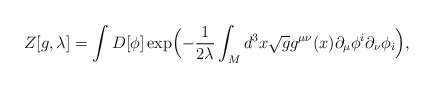
\begin{align*}Z[g,\lambda]=\int D[\phi]\exp\Bigl(-{1 \over 2\lambda}\int_{\sl M}d^{3}x \sqrt{g} g^{\mu \nu}(x)\partial_{\mu} \phi^{i}\partial_{\nu}\phi_{i} \Bigr),\end{align*}